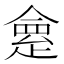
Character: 𠍺